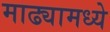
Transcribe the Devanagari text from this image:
माढ्यामध्ये